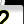
Digit: 2